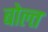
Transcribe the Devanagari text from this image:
बोल्त